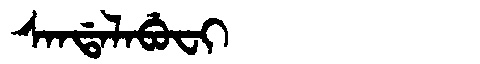
Manchu: ᠰᠠᠨᡩᠠᠯᠠᠪᡠᠸᡳ
Romanization: SANDALABUFI